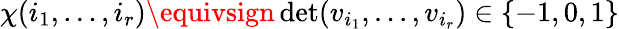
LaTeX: \chi(i_{1},...,i_{r})\equivsign\operatorname*{d\mathrm{e}t}(v_{i_{1}},...,v_{i_{r}})\in\{ -1,0,1\}